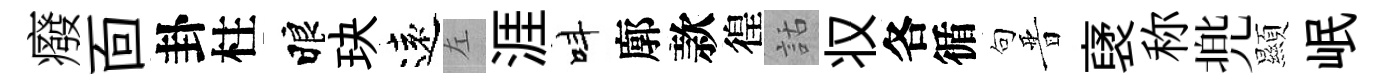
癈靣卦柱睱玦遠左涯呌廓款徨話𠬧各循句晋裦称兠顯岷